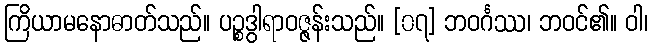
ကြိယာမနောဓာတ်သည်။ ပဉ္စဒွါရာဝဇ္ဇန်းသည်။ [၀၇] ဘဝင်္ဂဿ၊ ဘဝင်၏။ ဝါ၊